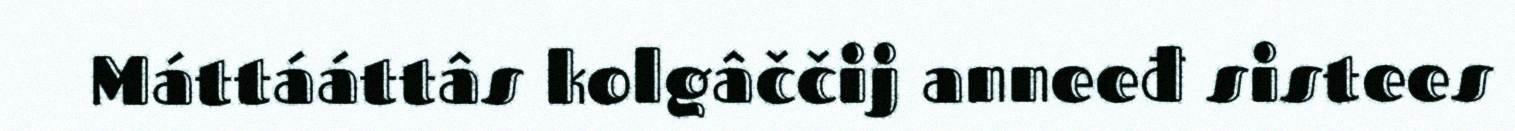
Máttááttâs kolgâččij anneeđ sistees